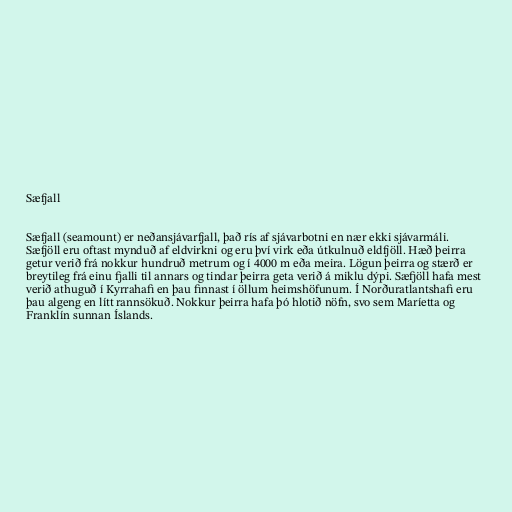
Sæfjall

Sæfjall (seamount) er neðansjávarfjall, það rís af sjávarbotni en nær ekki sjávarmáli.
Sæfjöll eru oftast mynduð af eldvirkni og eru því virk eða útkulnuð eldfjöll. Hæð þeirra
getur verið frá nokkur hundruð metrum og í 4000 m eða meira. Lögun þeirra og stærð er
breytileg frá einu fjalli til annars og tindar þeirra geta verið á miklu dýpi. Sæfjöll hafa mest
verið athuguð í Kyrrahafi en þau finnast í öllum heimshöfunum. Í Norðuratlantshafi eru
þau algeng en lítt rannsökuð. Nokkur þeirra hafa þó hlotið nöfn, svo sem Maríetta og
Franklín sunnan Íslands.